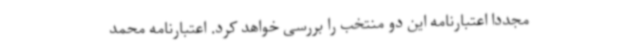
مجددا اعتبارنامه این دو منتخب را بررسی خواهد کرد. اعتبارنامه محمد